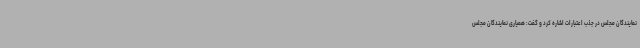
نمایندگان مجلس در جذب اعتبارات اشاره کرد و گفت: همیاری نمایندگان مجلس